Civil Veterinary Dept. Bombay admin report 1907-1913 - 1907-1913
Year: 1907
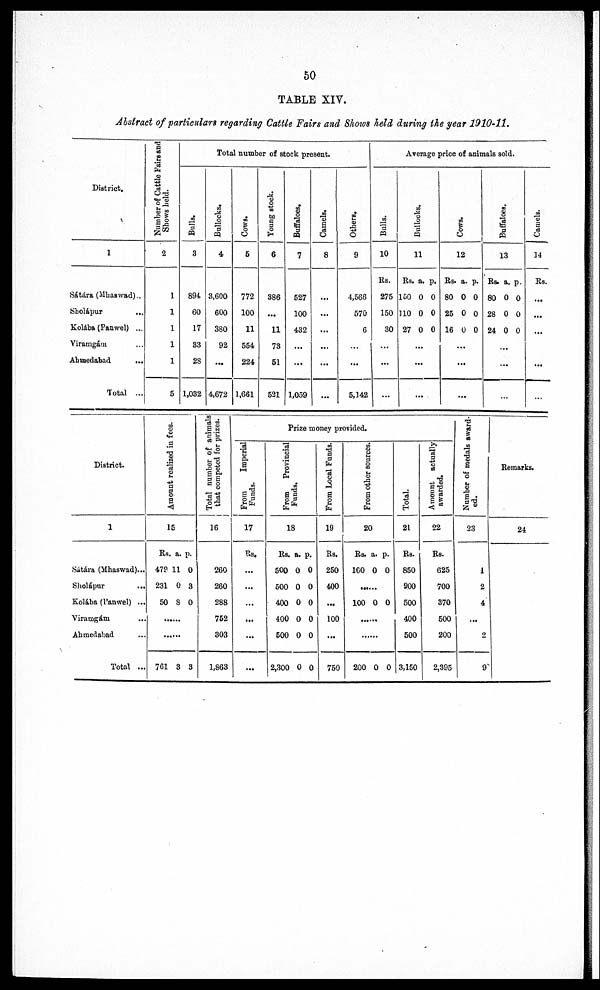
50
TABLE XIV.
Abstract of particulars regarding Cattle Fairs and Shows held during the year 1910-11.
District.
1
Sátára(Mhaswad)..
Sholápur
...
Kolába (Panwel) ...
Viramgám ...
Ahmedabad ...
Total ...
Number
of Cattle Fairs and
Shows held.
2
1
1
1
1
1
5
Total number of stock present.
Bulls.
8
894
60
17
83
2S
1,082
Bullocks.
4
8,600
600
380
92
...
4,672
Cows.
5
772
100
11
554
224
1,661
Young stock.
6
386
...
11
78
51
521
Buffaloes,
7
527
100
432
...
...
1.059
Camels.
8
...
...
...
...
...
...
Others.
9
4,566
570
6
...
...
5,142
Average price of animals sold.
Bulls.
10
Rs.
275
150
30
...
...
...
Bullocks.
11
Rs. a. p.
150 0 0
110 0 0
27 0 0
...
...
...
Cows.
12
Rs. a. p.
80 0 0
25 0 0
16 0 0
...
...
...
Buffaloes.
13
Rs. a. p.
80 0 0
28 0 0
24 0 0
...
...
...
Camels.
]4
Rs.
...
...
...
...
...
District.
1
Sátára (Mhaswad)...
Sholápur
...
Kolába (Panwel) ...
Viramgám ...
Ahmedabad ...
Total ...
Amount realized in fees.
15
Rs. a. p.
479 11 0
231 0 3
50 8 0
...
...
761 3 3
Total number of animals
that competed for prizes.
16
280
260
288
752
303
1,863
Prize money provided.
From
Imperial
Funds.
17
Rs.
...
...
...
...
...
...
From
Provincial
Funds.
18
Rs. a. p.
500 0 0
500 0 0
400 0 0
400 0 0
600 0 0
2,300 0 0
From Local Funds.
19
Rs.
250
400
...
100
...
750
From other sources.
20
Rs. a. p.
100 0 0
......
100 0 0
......
......
200 0 0
Total.
21
Rs.
850
900
500
400
500
3,150
Amount actually
awarded.
22
Rs.
625
700
370
500
200
2,395
Number of medals award-
ed.
23
1
2
4
...
2
9
Remarks.
24